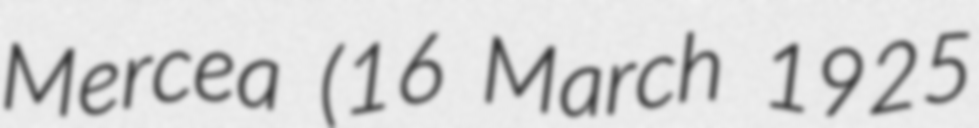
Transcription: Mercea (16 March 1925